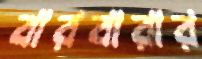
বারবারার